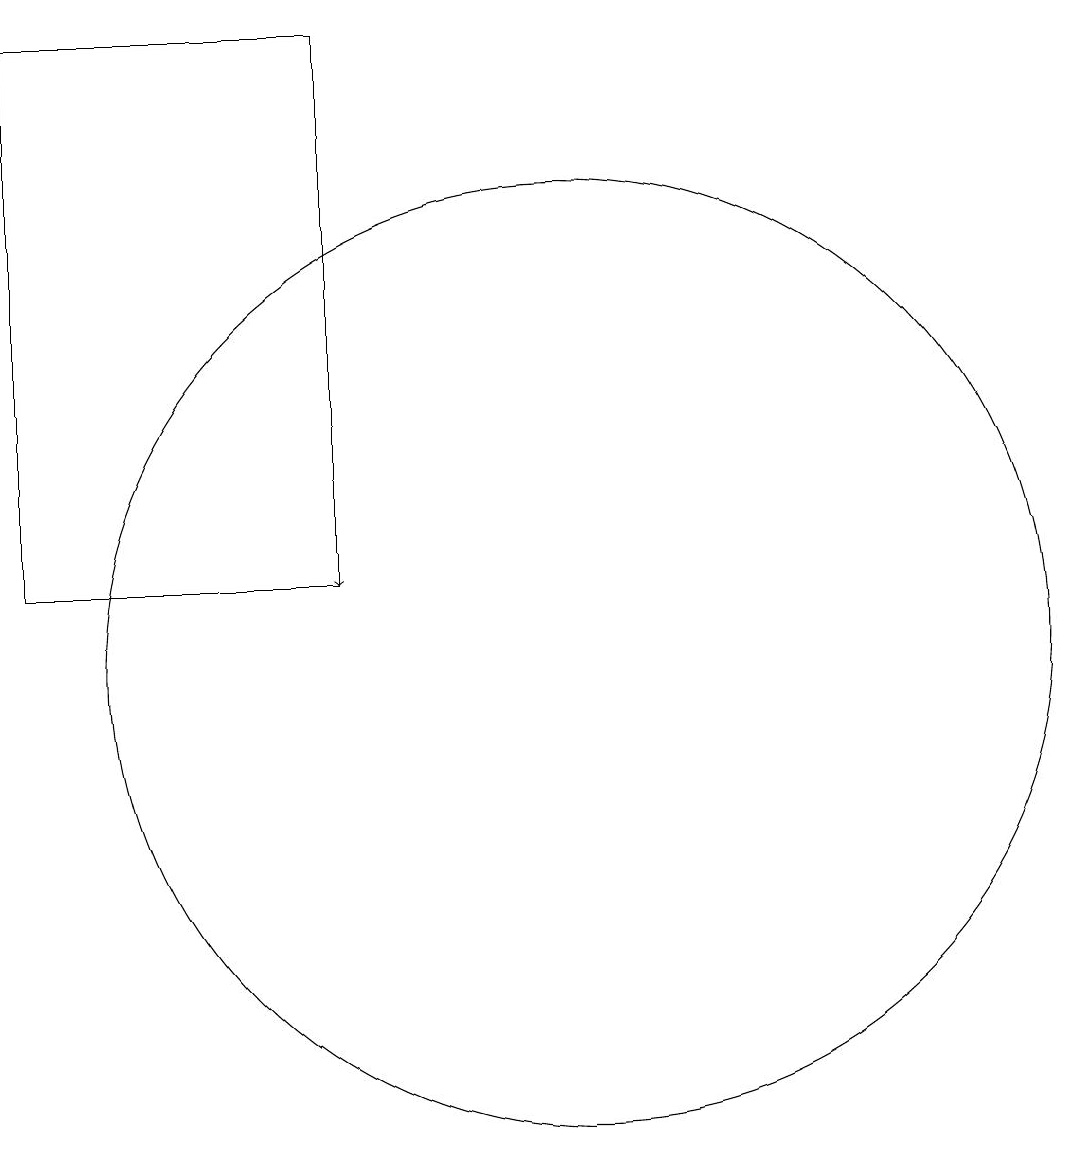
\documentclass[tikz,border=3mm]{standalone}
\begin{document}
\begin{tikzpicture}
\draw[->] (8,17) -- (8,11);
\draw (8,18) rectangle (4,11);
\draw (11,10) circle (6);
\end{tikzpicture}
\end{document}